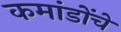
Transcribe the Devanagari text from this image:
कमांडोंचे